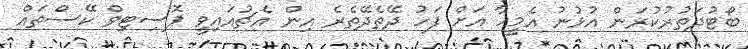
ބޯޓުދަތުރުކުރަން އުޅުނު އެމީހާ އަށް ފަހު ދޭތެދޭތެރެ އިން އެޗުއައިވީ ޕޮސިޓިވް ކޭސްތައް